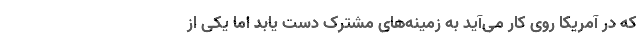
که در آمریکا روی کار می‌آید به زمینه‌های مشترک دست یابد اما یکی از